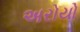
અરોયો